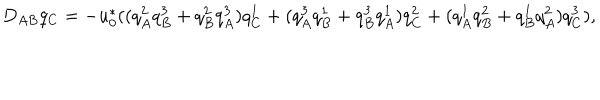
LaTeX: D _ { A B } q _ { C } = - u _ { 0 } ^ { * } ( ( q _ { A } ^ { 2 } q _ { B } ^ { 3 } + q _ { B } ^ { 2 } q _ { A } ^ { 3 } ) q _ { C } ^ { 1 } + ( q _ { A } ^ { 3 } q _ { B } ^ { 1 } + q _ { B } ^ { 3 } q _ { A } ^ { 1 } ) q _ { C } ^ { 2 } + ( q _ { A } ^ { 1 } q _ { B } ^ { 2 } + q _ { B } ^ { 1 } q _ { A } ^ { 2 } ) q _ { C } ^ { 3 } ) ,